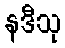
နဒီသု